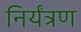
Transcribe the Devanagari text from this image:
निर्यंत्रण